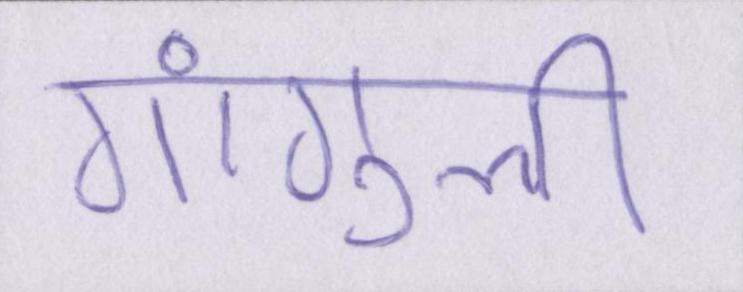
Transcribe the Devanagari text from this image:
गांगुली